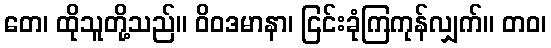
တေ၊ ထိုသူတို့သည်။ ဝိဝဒမာနာ၊ ငြင်းခုံကြကုန်လျှက်။ တဝ၊